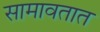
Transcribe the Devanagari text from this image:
सामावतात